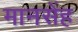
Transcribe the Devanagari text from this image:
मानसेंह